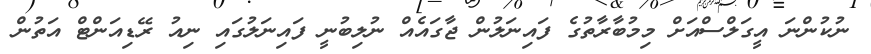
ނުކުންނަ އީގަލްސްއަށް މިމުބާރާތުގެ ފައިނަލުން ޖާގައެއް ނުލިބުނީ ފައިނަލުގައި ނިއު ރޭޑިއަންޓް އަތުން